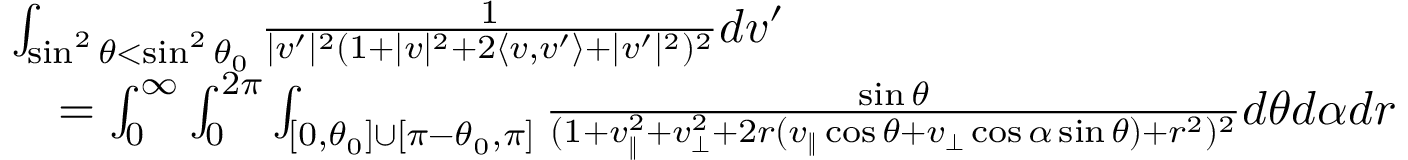
\begin{array} { r l } & { \int _ { \sin ^ { 2 } \theta < \sin ^ { 2 } \theta _ { 0 } } \frac { 1 } { | v ^ { \prime } | ^ { 2 } ( 1 + | v | ^ { 2 } + 2 \langle v , v ^ { \prime } \rangle + | v ^ { \prime } | ^ { 2 } ) ^ { 2 } } d v ^ { \prime } } \\ & { \quad = \int _ { 0 } ^ { \infty } \int _ { 0 } ^ { 2 \pi } \int _ { [ 0 , \theta _ { 0 } ] \cup [ \pi - \theta _ { 0 } , \pi ] } \frac { \sin \theta } { ( 1 + v _ { \| } ^ { 2 } + v _ { \perp } ^ { 2 } + 2 r ( v _ { \| } \cos \theta + v _ { \perp } \cos \alpha \sin \theta ) + r ^ { 2 } ) ^ { 2 } } d \theta d \alpha d r } \end{array}